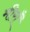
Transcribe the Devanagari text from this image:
मीराँ